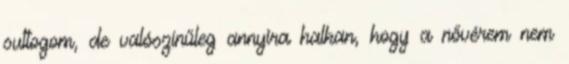
suttogom, de valószínűleg annyira halkan, hogy a nővérem nem